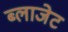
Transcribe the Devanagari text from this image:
ब्लाजेट